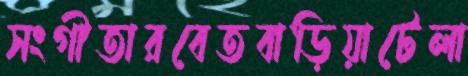
সংগীতারবেতবাড়িয়াটেলা